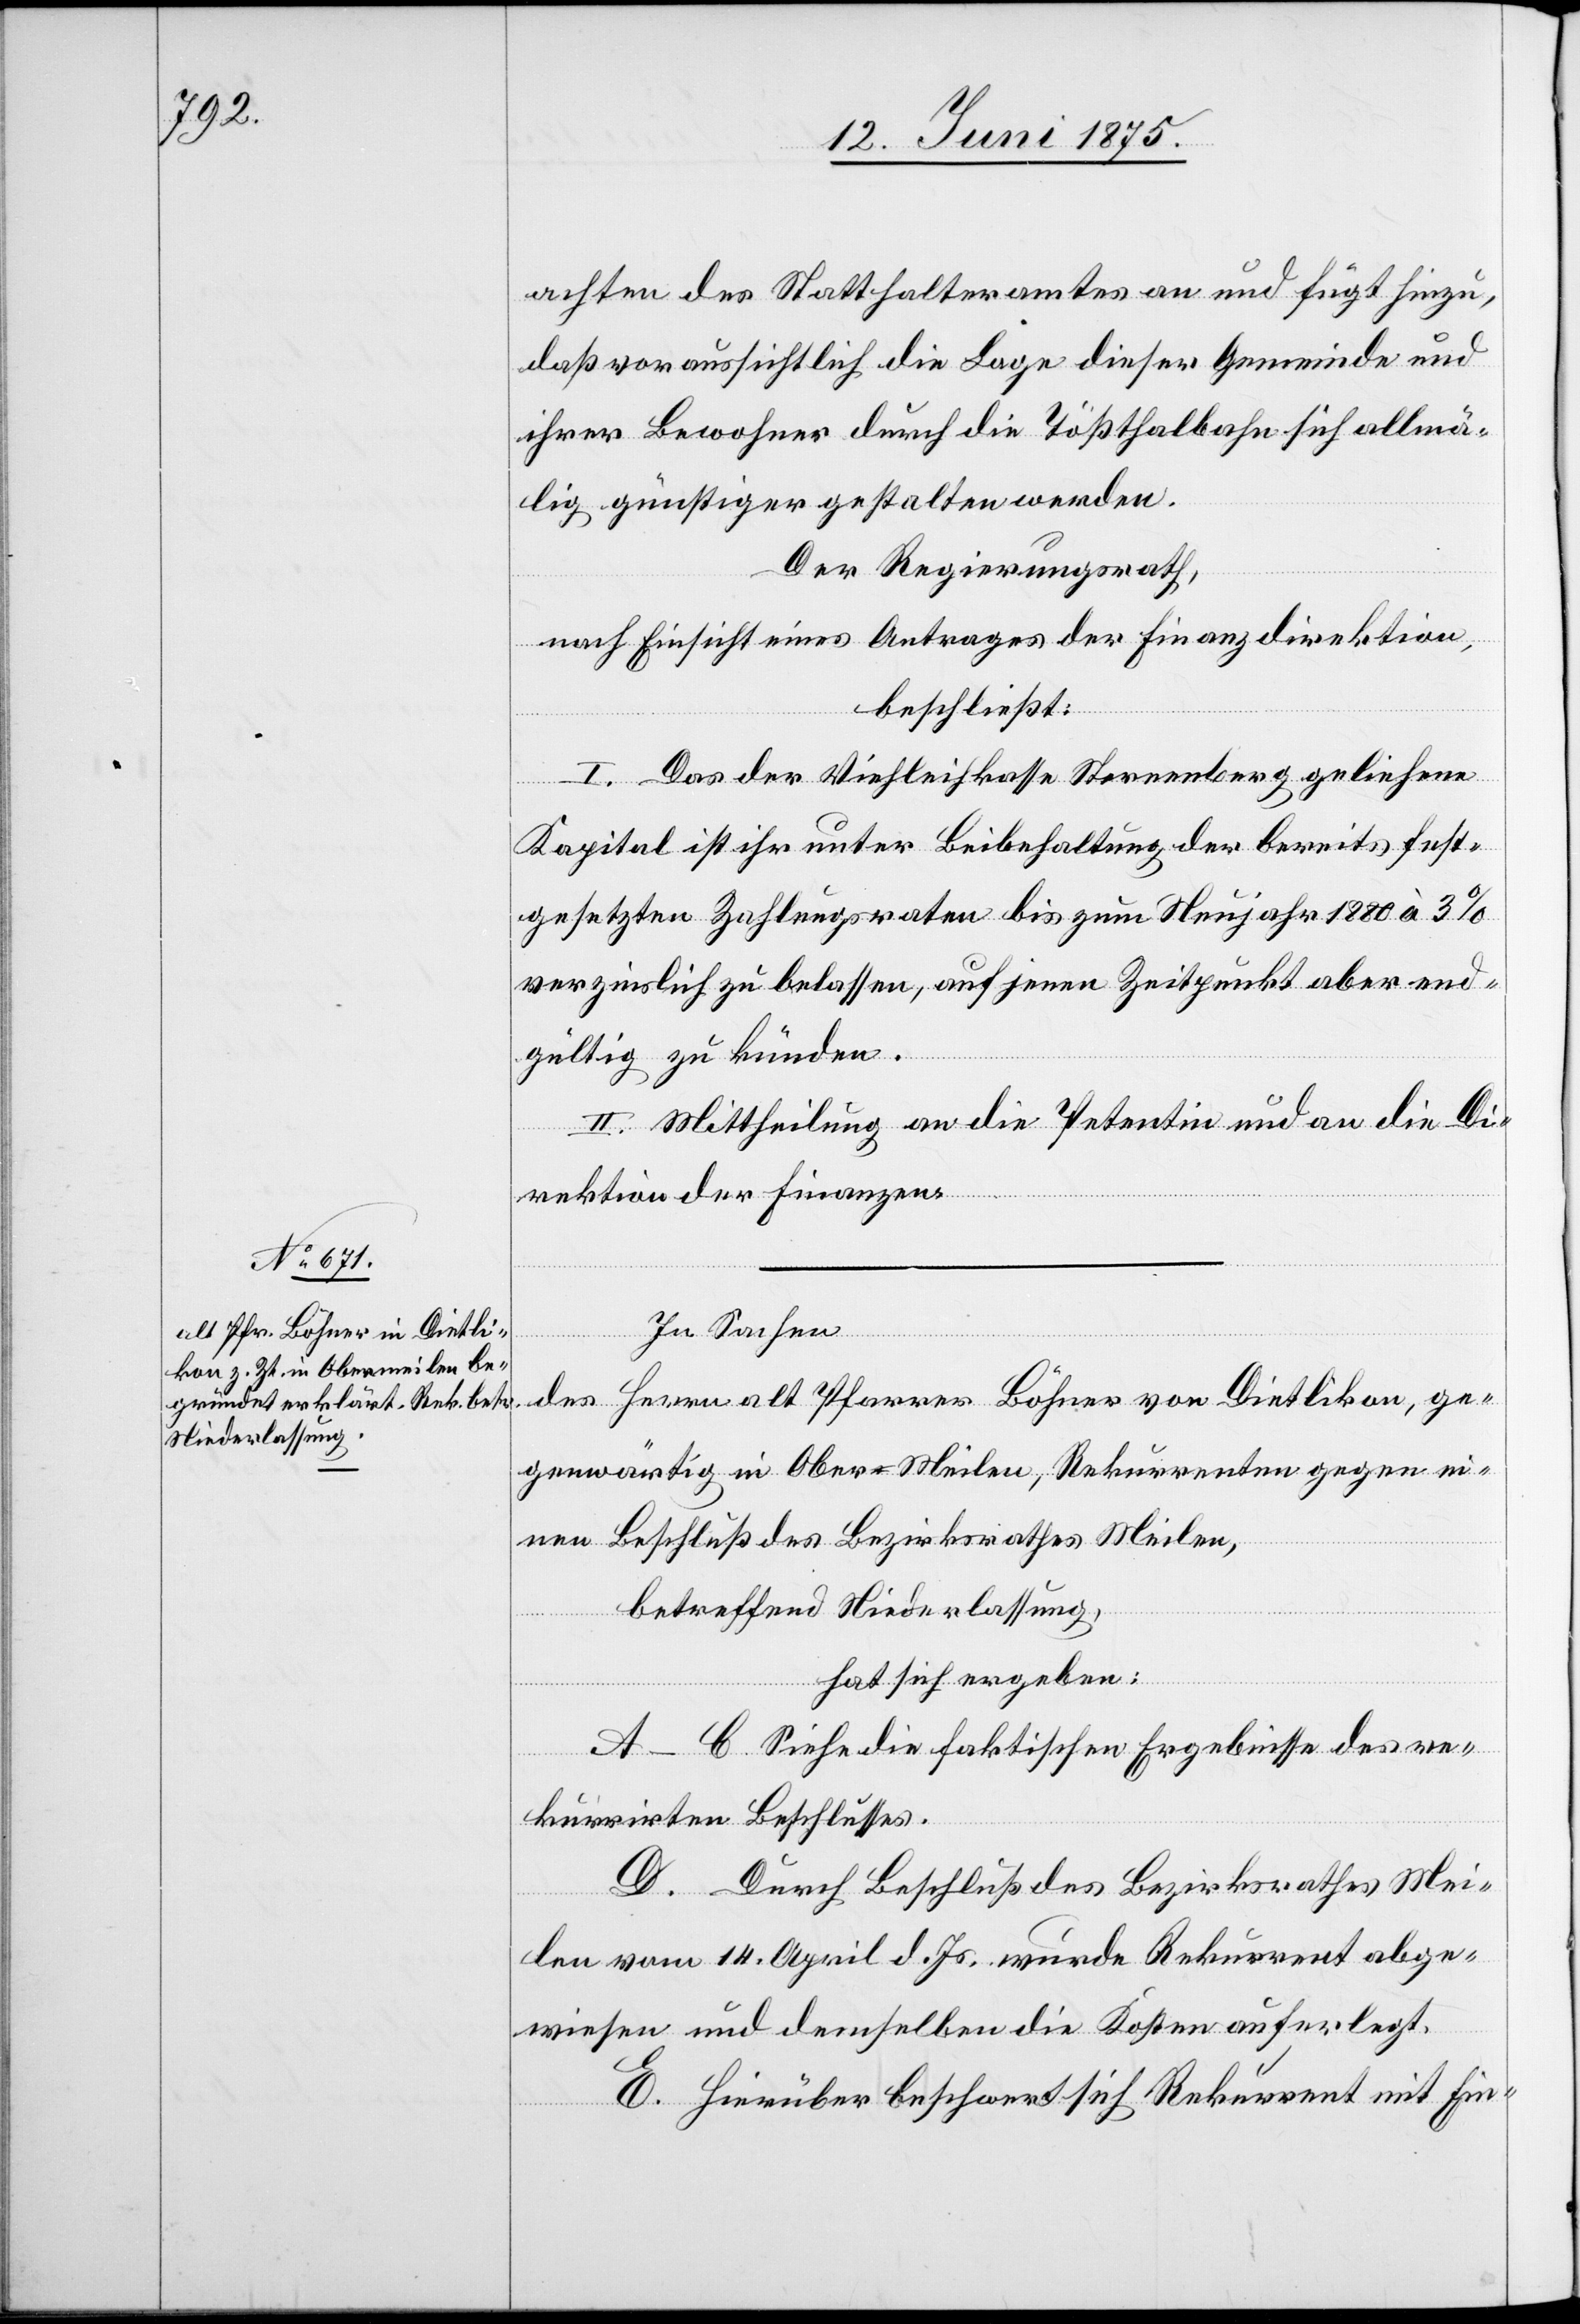
achten des Statthalteramtes an und fügt hinzu,
daß voraussichtlich die Lage dieser Gemeinde und
ihrer Bewohner durch die Tößthalbahn sich allmä¬
lig günstiger gestalten werden.
Der Regierungsrath,
nach Einsicht eines Antrages der Finanzdirektion,
beschließt:
I. Das der Viehleihkasse Sternenberg geliehene
Kapital ist ihr unter Beibehaltung der bereits fest¬
gesetzten Zahlungsraten bis zum Neujahr 1880 à 3%
verzinslich zu belassen, auf jenen Zeitpunkt aber end¬
gültig zu künden.
II. Mittheilung an die Petentin und an die Di¬
rektion der Finanzen.
In Sachen
des Herrn alt Pfarrer Böhner von Dietlikon, ge¬
genwärtig in Ober-Meilen, Rekurrenten gegen ei¬
nen Beschluß des Bezirksrathes Meilen,
betreffend Niederlassung,
hat sich ergeben:
A–C. Siehe die faktischen Ergebnisse des re¬
kurrirten Beschlusses.
D. Durch Beschluß des Bezirksrathes Mei¬
len vom 14. April d. Js. wurde Rekurrent abge¬
wiesen und demselben die Kosten auferlegt.
E. Hierüber beschwert sich Rekurrent mit Ein-